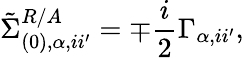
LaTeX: \tilde{\Sigma}_{(0),\alpha,ii^{\prime}}^{R/A}=\mp\frac{i}{2}\Gamma_{\alpha,ii^{\prime}},